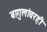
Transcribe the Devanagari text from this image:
बागुलांवरही